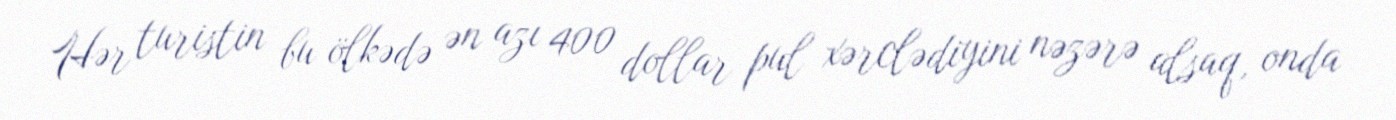
Hər turistin bu ölkədə ən azı 400 dollar pul xərclədiyini nəzərə alsaq, onda